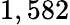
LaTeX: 1,582